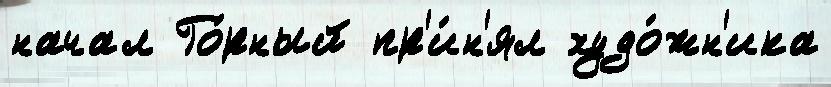
начал Го́рный пр'и́н'ял худо́жн'ика